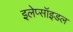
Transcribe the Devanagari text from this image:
इलेप्सॉइडल